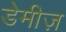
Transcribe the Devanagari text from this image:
डेमीज़